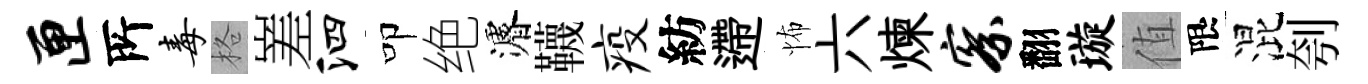
匣𠩄毒格嵳泗叩绝濬韈疫紡遰怖六煉察翻璇值限混刳